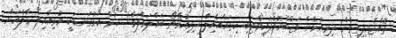
ތޮއްޖެހިފިތިގެން ދިރިއުޅެން މަޖްބޫރުވެފައިވާތިބި ކިތައްއާއިލާ ދިރިއުޅޭތޯ ބައްލަވާލަވާ!! ޚުދް އަޅުގަނޑަކީ މުޅިއާއިލާ މާލެއަށް